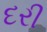
દરી